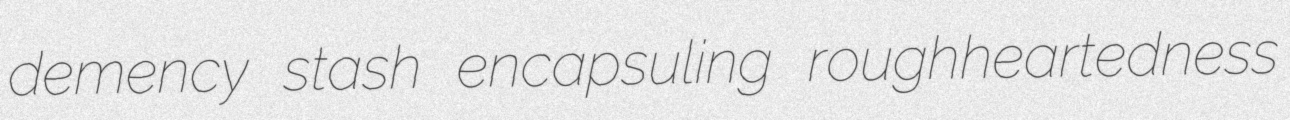
demency stash encapsuling roughheartedness